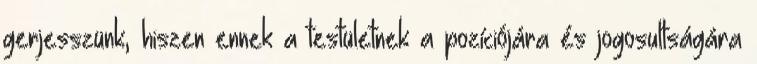
gerjesszünk, hiszen ennek a testületnek a pozíciójára és jogosultságára